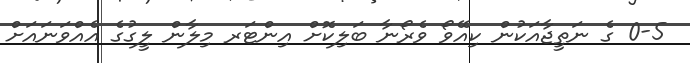
0-5 ގެ ނަތީޖާއަކުން ކިއޭވޯ ވެރޯނާ ބަލިކޮށް އިންޓަރ މިލާން ލީގުގެ އެއްވަނައަށް